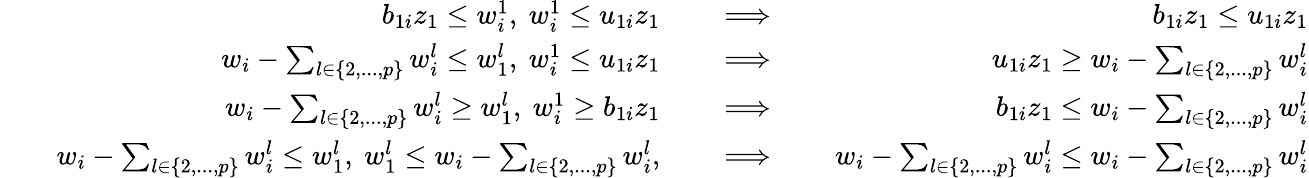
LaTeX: \begin{array}{rlrlrlr}&{}&{b_{1i}z_{1}\leq w_{i}^{1},~w_{i}^{1}\leq u_{1i}z_{1}}&{}&{\implies}&{}&{b_{1i}z_{1}\leq u_{1i}z_{1}}\\ &{}&{w_{i}-\sum_{l\in\{ 2,...,p\} }w_{i}^{l}\leq w_{1}^{l},~w_{i}^{1}\leq u_{1i}z_{1}}&{}&{\implies}&{}&{u_{1i}z_{1}\geq w_{i}-\sum_{l\in\{ 2,...,p\} }w_{i}^{l}}\\ &{}&{w_{i}-\sum_{l\in\{ 2,...,p\} }w_{i}^{l}\geq w_{1}^{l},~w_{i}^{1}\geq b_{1i}z_{1}}&{}&{\implies}&{}&{b_{1i}z_{1}\leq w_{i}-\sum_{l\in\{ 2,...,p\} }w_{i}^{l}}\\ &{}&{w_{i}-\sum_{l\in\{ 2,...,p\} }w_{i}^{l}\leq w_{1}^{l},~w_{1}^{l}\leq w_{i}-\sum_{l\in\{ 2,...,p\} }w_{i}^{l},}&{}&{\implies}&{}&{w_{i}-\sum_{l\in\{ 2,...,p\} }w_{i}^{l}\leq w_{i}-\sum_{l\in\{ 2,...,p\} }w_{i}^{l}}\end{array}